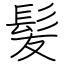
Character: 髪